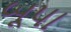
બૂપા